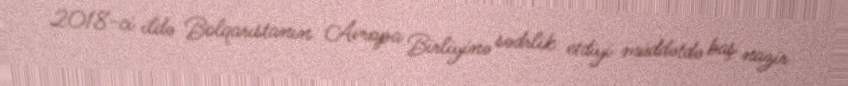
2018-ci ildə Bolqarıstanın Avropa Birliyinə sədrlik etdiyi müddətdə baş nazir